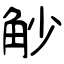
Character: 觘